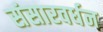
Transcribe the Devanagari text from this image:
संसारवर्धन